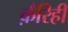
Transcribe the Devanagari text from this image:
क़ैरिही